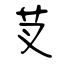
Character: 芆